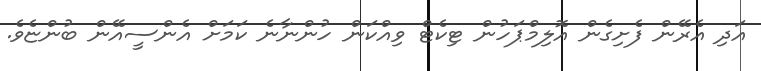
އަދި އެރޭން ފެށިގެން އޮލިމްޕަހުން ޓިކެޓް ވިއްކަން ހުންނާނެ ކަމަށް އެންސީއޭން ބުންޏެވެ.